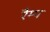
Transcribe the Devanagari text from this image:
रैम्‍प